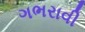
ગભરાવી